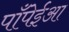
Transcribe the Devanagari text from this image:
पाँपेईआ